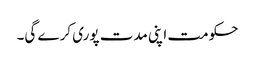
حکومت اپنی مدت پوری کرے گی۔